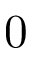
0